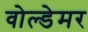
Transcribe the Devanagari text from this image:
वोल्डेमर